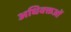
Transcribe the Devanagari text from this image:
अधिवक्तओं